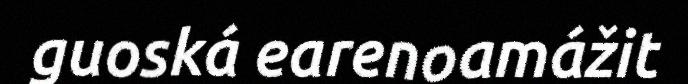
guoská earenoamážit